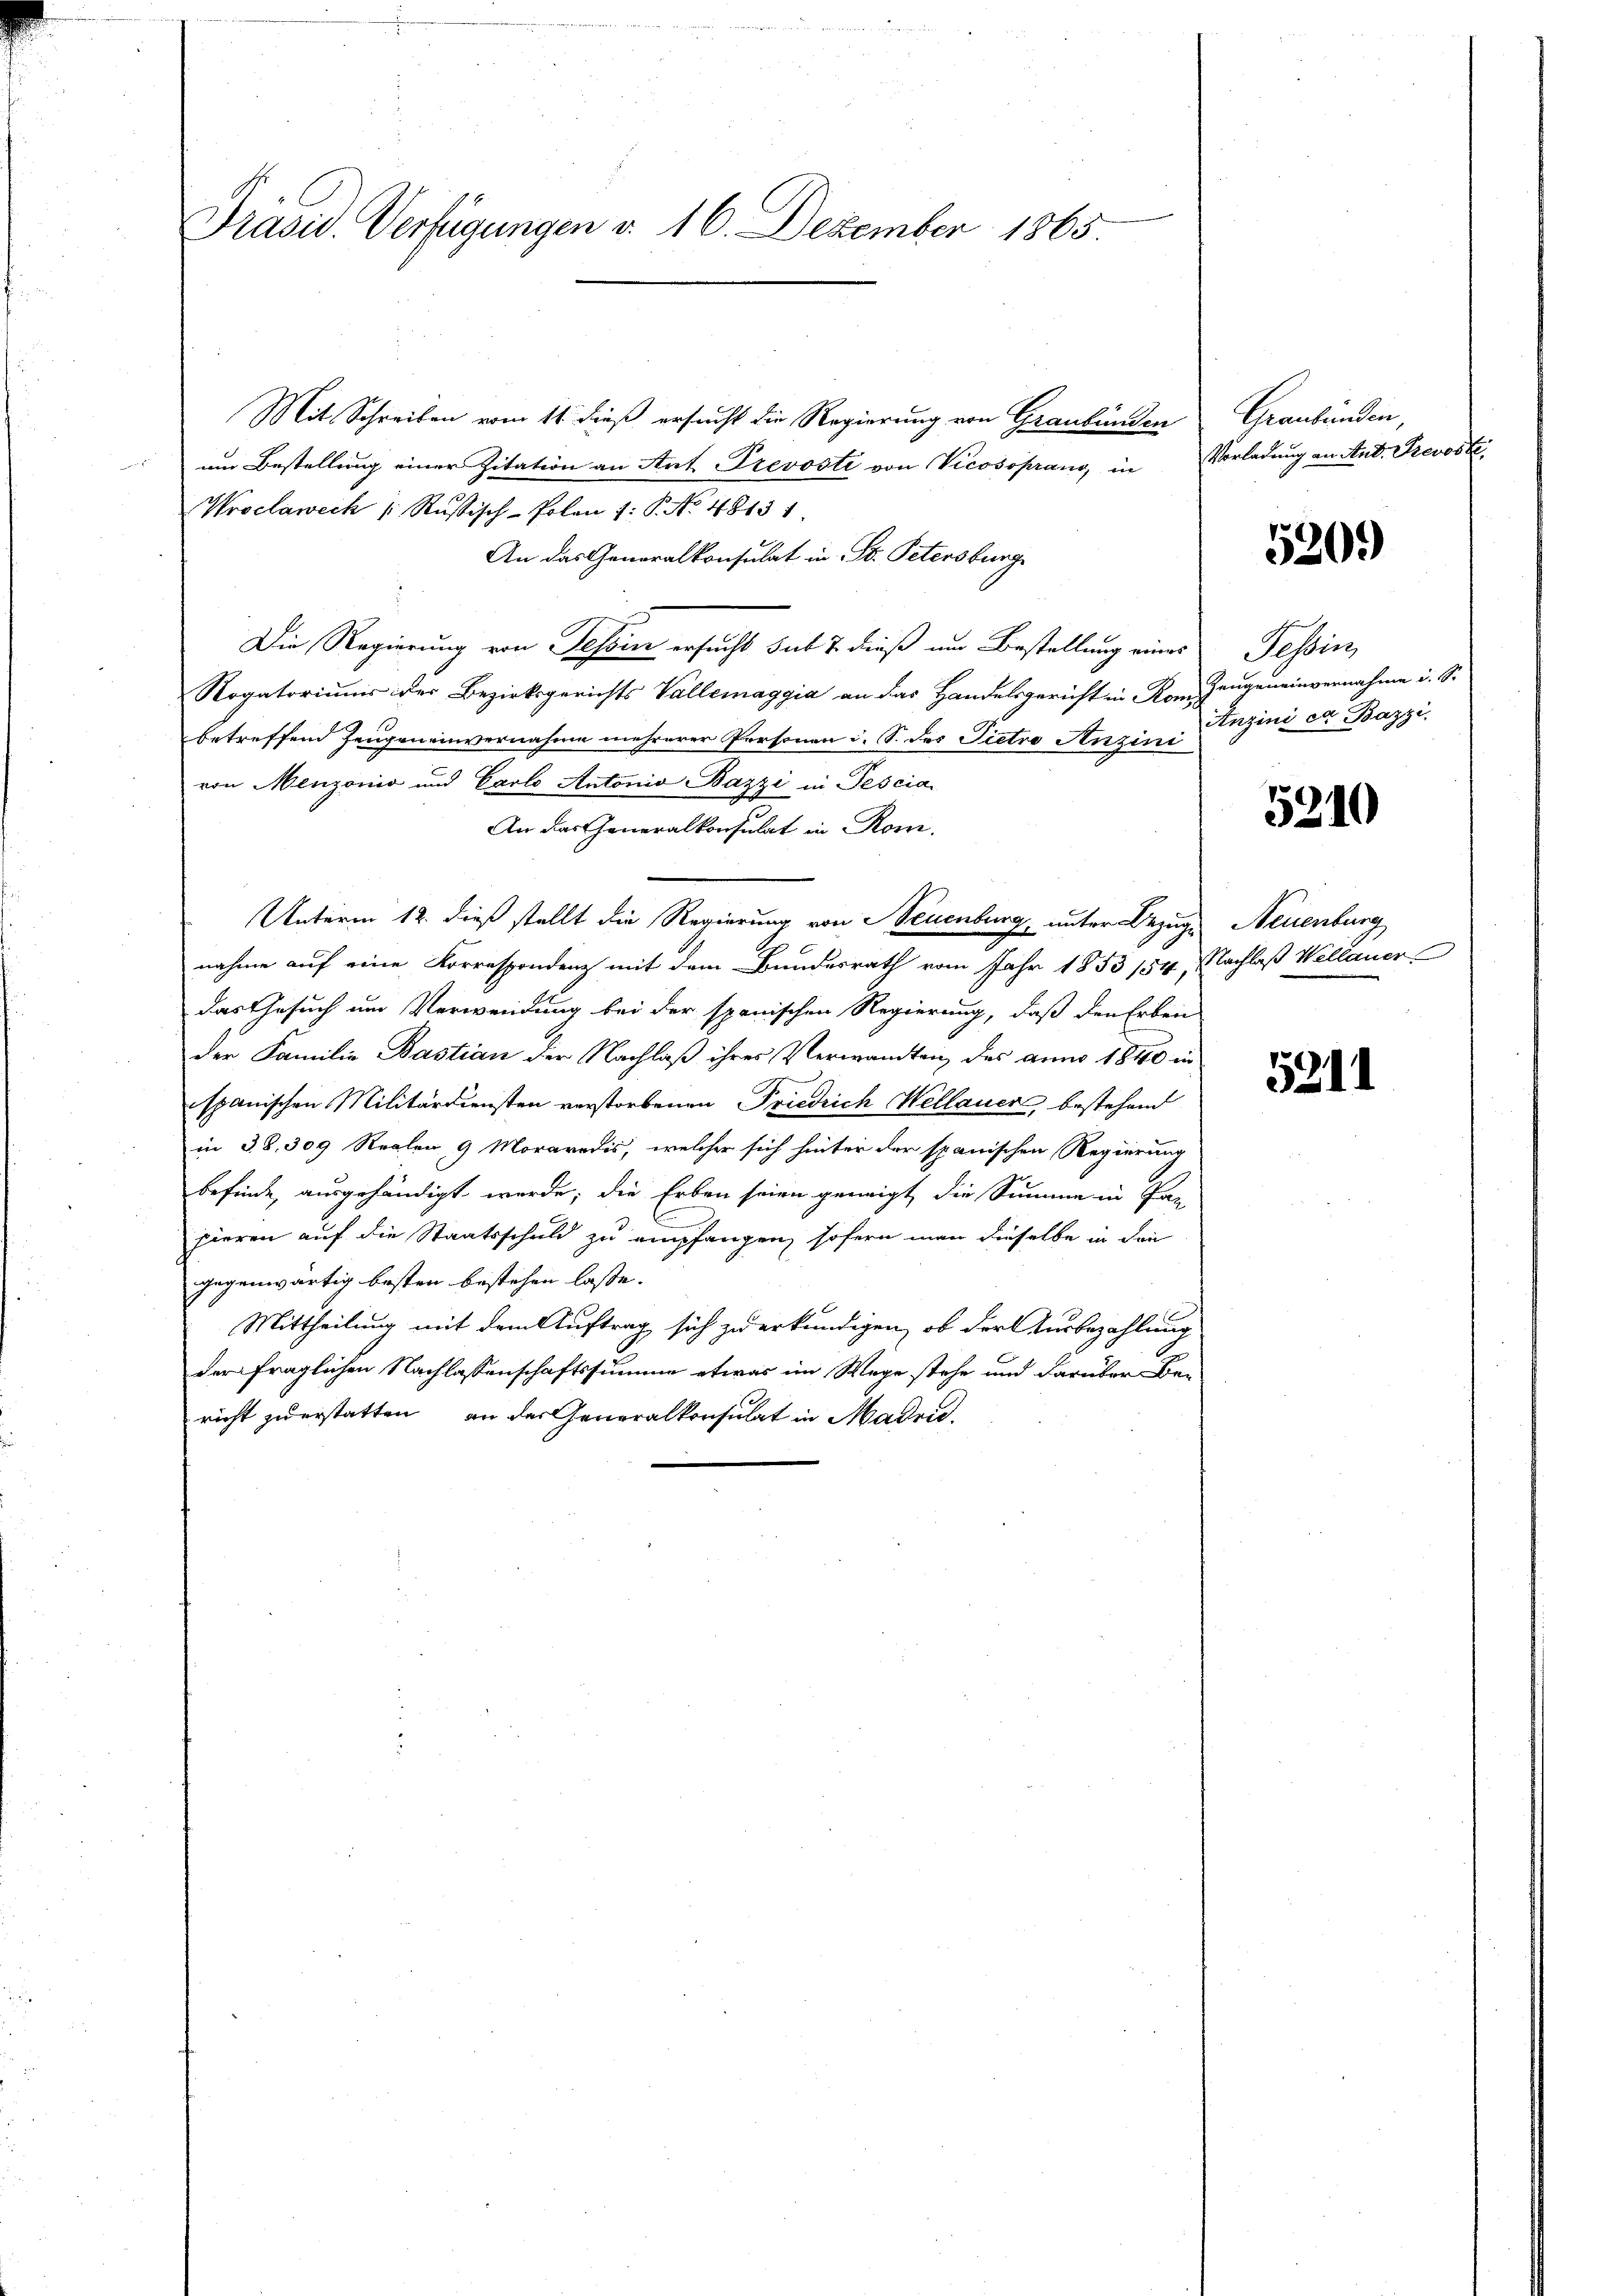
Präsid. Verfügungen d. 16. Dezember 1865.

Mit Schreiben vom 11. dieß ersucht die Regierung von Graubünden
um Bestellung einer Zitation an Art. Prevosti von Vicosoprang, in Vorladung an Ant. Prevosti
gangen
Wroclaweck ( Rußisch-Polen 1: P. No. 48131
An das Generalkonsulat in St. Petersburge
Die Regierung von Tessin ersucht sub 2 dieß um Bestellung eines Tessin,
Rogatorium der Bezirksgerichts Vallemaggia an das Handelsgericht in Rom. Zeugeneinvernahme i. S.
betreffend Zeugeneinvernahme mehrerer Personen i. S. des Pietro Anzins Einzins der Bazzi.
von Menzonis und Carlo Antonio Bazzi in Pescia
An das Generalkonsulat in Rom.
Unterm 12. dieß stellt die Regierung von Neuenburg, unter Bezuge Neuenburg
nahme auf eine Korrespondenz mit dem Bundesrath vom Jahr 1853 154, Nachlaß Wellauer
das Gesuch um Verwendung bei der spanischen Regierung, daß den Erben
der Familie Bastian der Nachlaß ihrer Verwandten des anno 1840 in
spanischen Militärdiensten verstorbenen Friedrich Wellauer, bestehend
in 38. 309 Realen 9 Moraredis, welcher sich hinter der spanischen Regierung
befinde, ausgehändigt werde; die Erben seien geneigt die Summe in Pan
pieren auf die Staatsschuld zu empfangen, sofern man dieselbe in den
gegenwärtig kosten bestehen lasse.
Mittheilung mit dem Auftrag sich zu erkundigen, ob der Ausbezahlung
der fraglichen Nachlassenschaftssumme etwas im Wege stehe und darüber Be-
richt zu erstatten an der Generalkonsulat in Madrid.

Graubünden,

520.

5210

5211